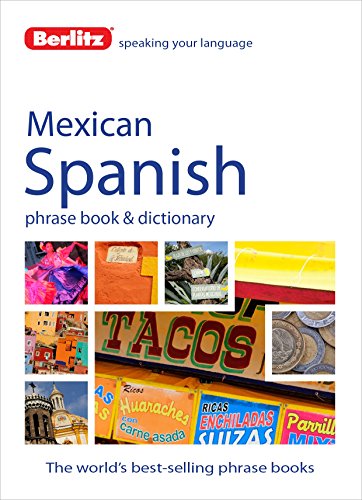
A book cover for Berlitz Mexican Spanish Phrase Book & Dictionary; Berlitz Publishing; Travel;